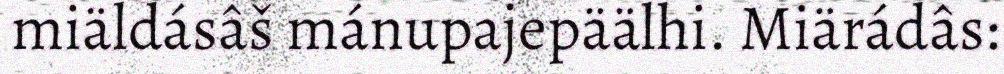
miäldásâš mánupajepäälhi. Miärádâs: